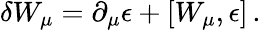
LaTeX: \delta W_{\mu}=\partial_{\mu}\epsilon+[W_{\mu},\epsilon]\, .